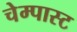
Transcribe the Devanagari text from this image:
चेम्पास्ट